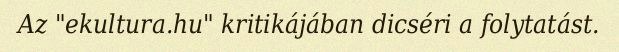
Az "ekultura.hu" kritikájában dicséri a folytatást.